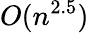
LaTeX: O(n^{2.5})